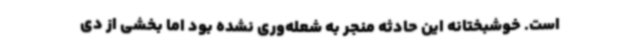
است. خوشبختانه این حادثه منجر به شعله‌وری نشده بود اما بخشی از دی